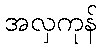
အလှကုန်